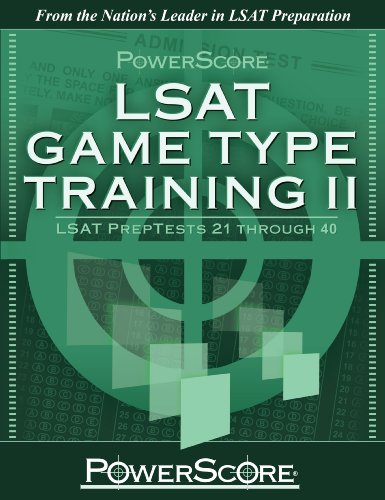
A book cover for PowerScore's LSAT Logic Games: Game Type Training II (Preptests 21-40) (Powerscore Test Preparation); David M. Killoran; Test Preparation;